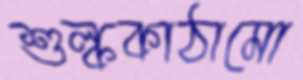
শুল্ককাঠামো